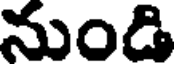
నుండి